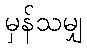
မှန်သမျှ